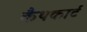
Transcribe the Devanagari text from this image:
कैथकार्ट